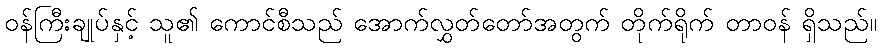
ဝန်ကြီးချုပ်နှင့် သူ၏ ကောင်စီသည် အောက်လွှတ်တော်အတွက် တိုက်ရိုက် တာဝန် ရှိသည်။